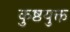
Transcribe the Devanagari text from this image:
कुष्ठयुक्त